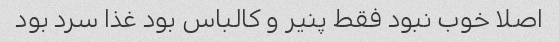
اصلا خوب نبود فقط پنیر و کالباس بود غذا سرد بود